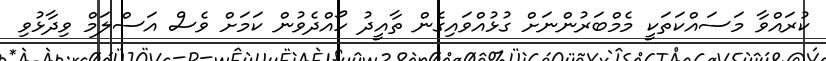
ކުރައްވާ މަސައްކަތަކީ މެމްބަރުންނަށް ގުޅުއްވައިގެން ތާއީދު ހޯއްދެވުން ކަމަށް ވެސް އަސްލަމް ވިދާޅުވި